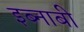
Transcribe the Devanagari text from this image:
इब्नाबी